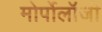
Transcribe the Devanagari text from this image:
मोर्पोलॉजी